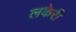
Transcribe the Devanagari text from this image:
लकेरी